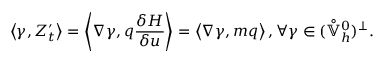
\left\langle \gamma , Z _ { t } ^ { \prime } \right\rangle = \left\langle \nabla \gamma , q \frac { \delta H } { \delta u } \right\rangle = \left\langle \nabla \gamma , m q \right\rangle , \forall \gamma \in ( \mathring { \mathbb { V } } _ { h } ^ { 0 } ) ^ { \perp } .